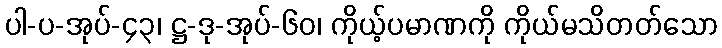
ပါ-ပ-အုပ်-၄၃၊ ဋ္ဌ-ဒု-အုပ်-၆၀၊ ကိုယ့်ပမာဏကို ကိုယ်မသိတတ်သော